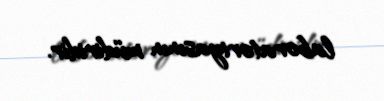
laboratoriyasının müdiridir.